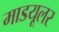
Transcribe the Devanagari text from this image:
माडयूलर